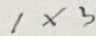
1 \times 3